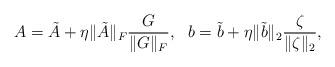
LaTeX: \begin{align*} A = \tilde{A} + \eta \|\tilde{A}\|_F \frac{G}{\|G\|_F}, \ \ b = \tilde{b} + \eta \|\tilde{b}\|_2 \frac{\zeta}{\|\zeta\|_2},\end{align*}